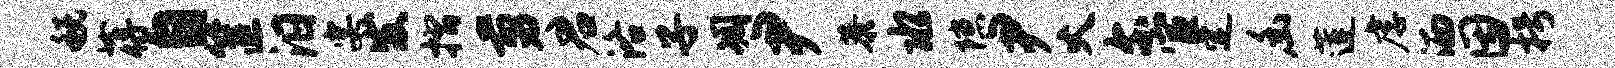
税蒋自筐汨宴发摺剪君洛子凋尹恭水隙尹火尔宦定幽莲虐洒因枵